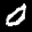
Label: 0